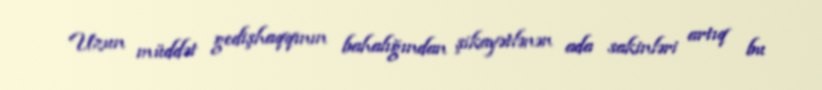
Uzun müddət gedişhaqqının bahalığından şikayətlənən ada sakinləri artıq bu